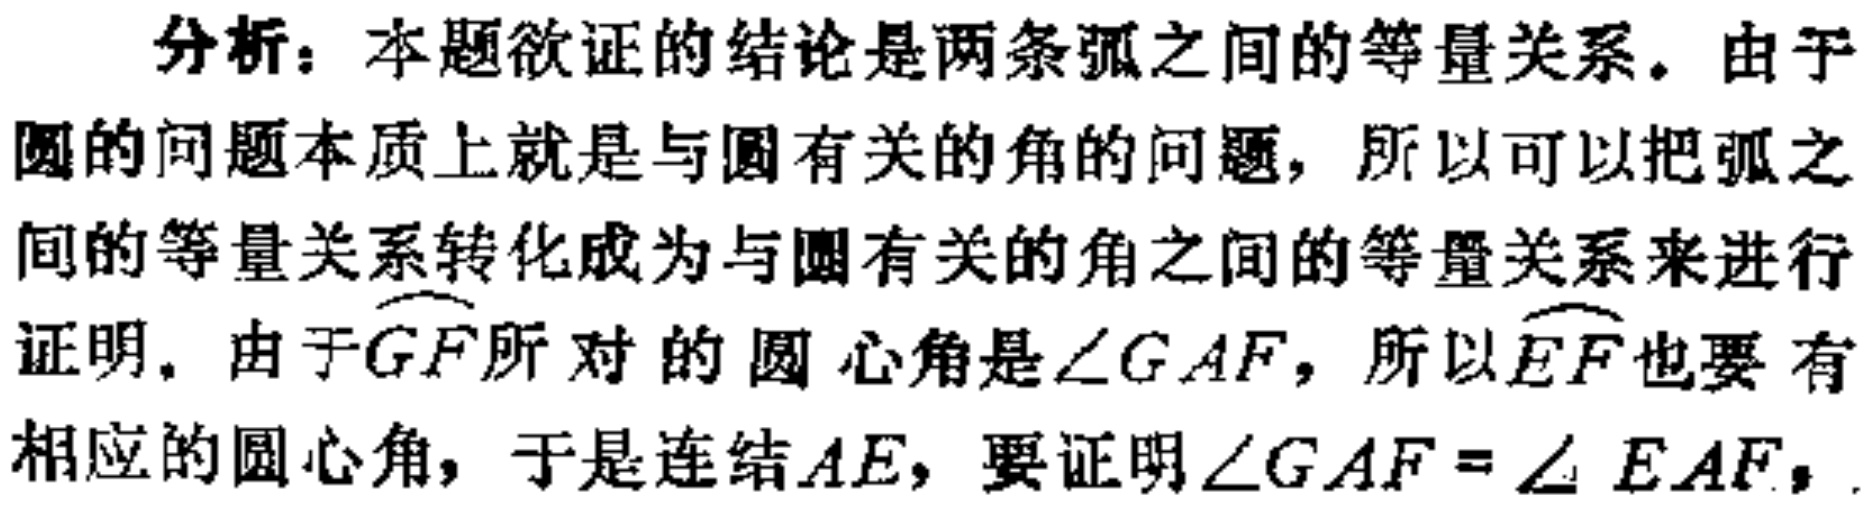
分析：本题欲证的结论是两条弧之间的等量关系。由于圆的问题本质上就是与圆有关的角的问题，所以可以把弧之间的等量关系转化成为与圆有关的角之间的等量关系来进行证明。由于\(\overset{\frown}{GF}\)所对的圆心角是\(\angle GAF\)，所以\(\overset{\frown}{EF}\)也要有相应的圆心角，于是连结\(AE\)，要证明\(\angle GAF = \angle EAF\)，